Report of the Municipal Commissioner on the plague in Bombay for the year ending 31st May... - Volume 1
Disease focus: Plague
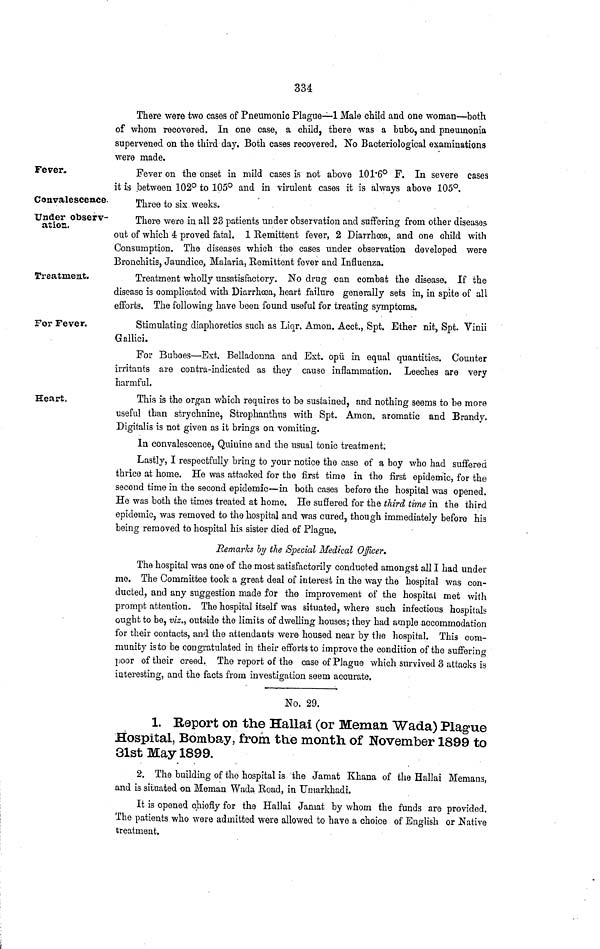
334
There were two cases of Pneumonic Plague—1 Male child and one woman—both
of whom recovered. In one case, a child, there was a bubo, and pneumonia
supervened on the third day. Both cases recovered. No Bacteriological examinations
were made.
Fever,
Fever on the onset in mild cases is not above 1016° F. In severe cases
it is between 102° to 105° and in virulent cases it is always above 105°.
Convalescence.
Three to six weeks.
Under observ-
ation.
There were in all 23 patients under observation and suffering from other diseases-
out of which 4: proved fatal. 1 Kemittent fever, 2 Diarrhoea, and one child with
Consumption. The diseases which the cases under observation developed were
Bronchitis, Jaundice, Malaria, Remittent fever and Influenza.
Treatment.
Treatment wholly unsatisfactory. No drug can combat the disease. If the
disease is complicated with Diarrhoea, heart failure generally sets in, in spite of all
efforts. The following have been found useful for treating symptoms.
For Fever.
Stimulating diaphoretics such as Liqr. Amon. Acct,, Spt. Ether nit, Spt. Vinii
Gallici.
For Buboes—Ext. Belladonna and Ext. opii in equal quantities. Counter
irritants are contra-indicated as they cause inflammation. Leeches are very
harmful.
Heart,
This is the organ which requires to be sustained, and nothing seems to be more
useful than strychnine, Strophanthus with Spt. Amon. aromatic and Brandy.
Digitalis is not given as it brings on vomiting.
In convalescence, Quinine and the usual tonic treatment.
Lastly, I respectfully bring to your notice the case of a boy who had suffered
thrice at home. He was attacked for the first time in the first epidemic, for the
second time in the second epidemic—in both cases before the hospital was opened.
He was both the times treated at home. He suffered for the third time in the third
epidemic, was removed to the hospital and was cured, though immediately before his
being removed to hospital his sister died of Plague.
Remarks by the Special Medical Officer.
The hospital was one of the most satisfactorily conducted amongst all I had under
me. The Committee took a great deal of interest in the way the hospital was con-
ducted, and any suggestion made for the improvement of the hospital met with
prompt attention. The hospital itself was situated, where such infectious hospitals
ought to be, viz., outside the limits of dwelling houses; they had ample accommodation
for their contacts, and the attendants were housed near by the hospital. This com-
munity is to be congratulated in their efforts to improve the condition of the suffering
poor of their creed. The report of the case of Plague which survived 3 attacks is
interesting, and the facts from investigation seem accurate.
No. 29.
1. Report on the Hallai (or Meman Wada) Plague
Hospital, Bombay, from the month of November 1899 to
31st May 1899.
2. The building of the hospital is the Jamat Khana of the Hallai Memans,
and is situated on Meman Wada Eoad, in Umarkhadi.
It is opened chiefly for the Hallai Jamat by whom the funds are provided.
The patients who were admitted were allowed to have a choice of English or Native
treatment.